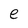
Character: e